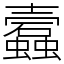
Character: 蠧